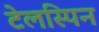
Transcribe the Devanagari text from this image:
टेलस्पिन